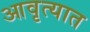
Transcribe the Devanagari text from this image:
आवृत्यात